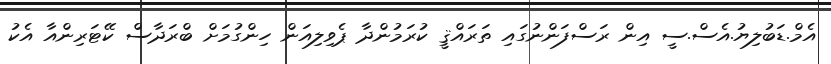
އެމް.ޑަބުލިޔު.އެސް.ސީ އިން ރަސްފަންނުގައި ތަރައްޤީ ކުރަމުންދާ ޕެވިލިއަން ހިންގުމަށް ބްރަދާސް ކޭޓަރިންއާ އެކު